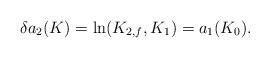
LaTeX: \begin{align*}\delta a_2(K) = \hbox{ln}(K_{2,f}, K_1) = a_1(K_0).\end{align*}